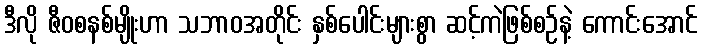
ဒီလို ဇီဝစနစ်မျိုးဟာ သဘာဝအတိုင်း နှစ်ပေါင်းများစွာ ဆင့်ကဲဖြစ်စဉ်နဲ့ ကောင်းအောင်